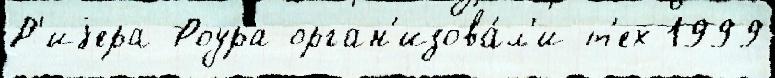
Р'иjера-Роура орган'изова́л'и т'ех 1999